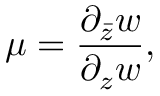
\mu = \frac { \partial _ { \bar { z } } w } { \partial _ { z } w } ,